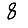
Digit: 8